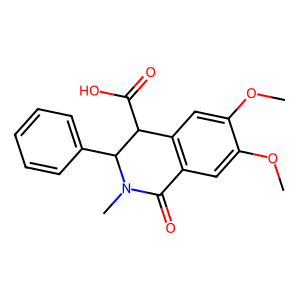
SMILES: COc1cc2c(cc1OC)C(C(=O)O)C(c1ccccc1)N(C)C2=O
Inhibits HIV replication: No